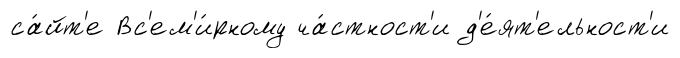
са́йт'е Вс'ем'и́рному ча́стност'и д'е́ят'ельност'и